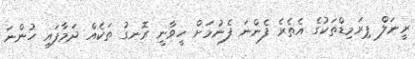
ރީނަލް ޕިރަމިޑްތަކުގެ އެތެރެ ފެންނަ ފެނުމަށް ހީވާނީ ރޮނގު ތަކެއް ދަމާފައި ހުންނަ